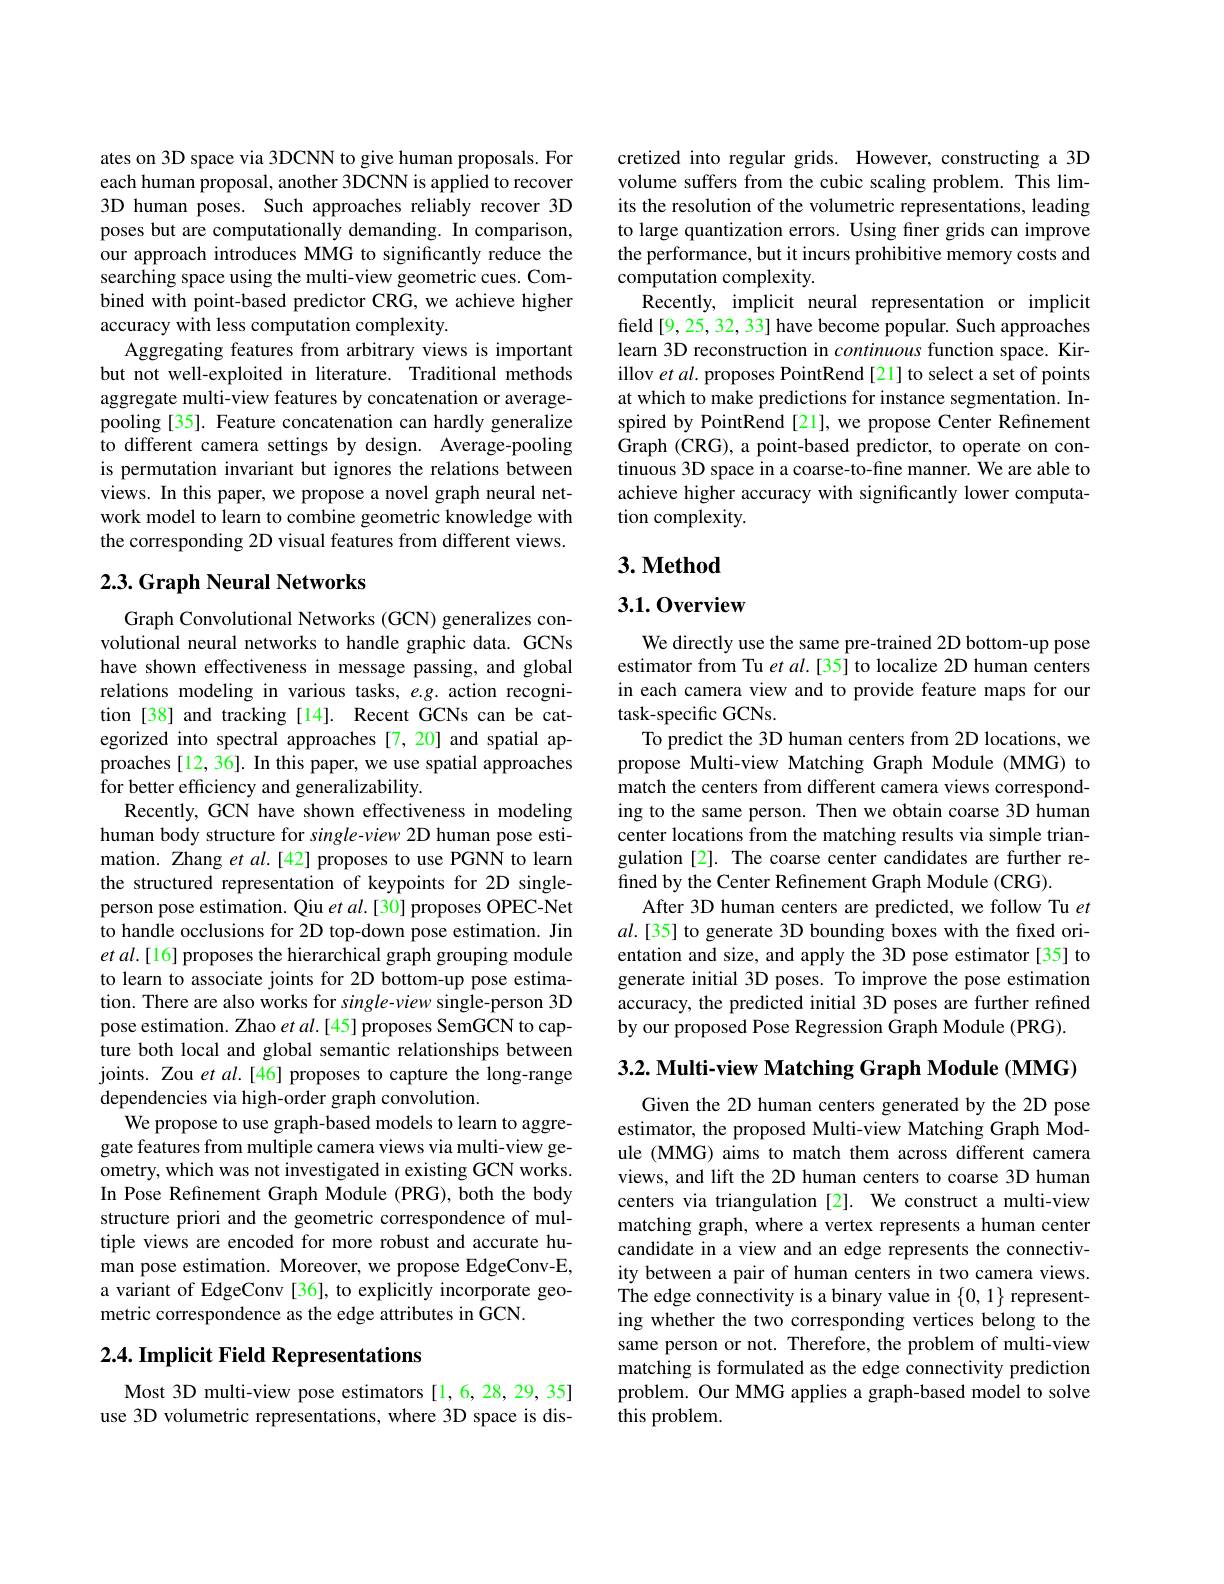
ates on 3D space via 3DCNN to give human proposals. For each human proposal, another 3DCNN is applied to recover 3D human poses. Such approaches reliably recover 3D poses but are computationally demanding. In comparison, our approach introduces MMG to significantly reduce the searching space using the multi-view geometric cues. Combined with point-based predictor CRG, we achieve higher accuracy with less computation complexity.
Aggregating features from arbitrary views is important but not well-exploited in literature. Traditional methods aggregate multi-view features by concatenation or averagepooling [35]. Feature concatenation can hardly generalize to different camera settings by design. Average-pooling is permutation invariant but ignores the relations between views. In this paper, we propose a novel graph neural network model to learn to combine geometric knowledge with the corresponding 2D visual features from different views.

## $2. 3. \textbf{Graph Neural Networks}$

Graph Convolutional Networks (GCN) generalizes convolutional neural networks to handle graphic data. GCNs have shown effectiveness in message passing, and global relations modeling in various tasks, e.g. action recognition [38] and tracking [14]. Recent GCNs can be categorized into spectral approaches [7,20] and spatial approaches [12, 36]. In this paper, we use spatial approaches for better efficiency and generalizability.
Recently, GCN have shown effectiveness in modeling human body structure for single-view 2D human pose estimation. Zhang et al.[42] proposes to use PGNN to learn the structured representation of keypoints for 2D singleperson pose estimation. Qiu $etal.[30]$ proposes OPEC-Net to handle occlusions for 2D top-down pose estimation. Jin et al.[16] proposes the hierarchical graph grouping module to learn to associate joints for 2D bottom-up pose estimation. There are also works for single-view single-person 3D pose estimation. Zhao $etal.[45]$ proposes SemGCN to capture both local and global semantic relationships between joints. Zou et al.[46] proposes to capture the long-range dependencies via high-order graph convolution.
We propose to use graph-based models to learn to aggregate features from multiple camera views via multi-view geometry, which was not investigated in existing GCN works. In Pose Refinement Graph Module (PRG), both the body structure priori and the geometric correspondence of multiple views are encoded for more robust and accurate human pose estimation. Moreover, we propose EdgeConv-E, a variant of EdgeConv [36], to explicitly incorporate geometric correspondence as the edge attributes in GCN.

# 2.4. Implicit Field Representations

Most 3D multi-view pose estimators [1,6,28,29,35] use 3D volumetric representations, where 3D space is dis-

cretized into regular grids. However, constructing a 3D volume suffers from the cubic scaling problem. This limits the resolution of the volumetric representations, leading to large quantization errors. Using finer grids can improve the performance, but it incurs prohibitive memory costs and computation complexity
Recently, implicit neural representation or implicit field [9,25,32, 33] have become popular. Such approaches learn 3D reconstruction in continuous function space. Kirillov et al. proposes PointRend[21] to select a set of points at which to make predictions for instance segmentation. Inspired by PointRend [21], we propose Center Refinement Graph (CRG), a point-based predictor, to operate on continuous 3D space in a coarse-to-fine manner. We are able to achieve higher accuracy with significantly lower computation complexity.

### $3. \textbf{Method}$

### 3.1.0verview

We directly use the same pre-trained 2D bottom-up pose estimator from Tu et al.[35] to localize 2D human centers in each camera view and to provide feature maps for our task-specific GCNs.
To predict the 3D human centers from 2D locations, we propose Multi-view Matching Graph Module (MMG) to match the centers from different camera views corresponding to the same person. Then we obtain coarse 3D human center locations from the matching results via simple triangulation [2]. The coarse center candidates are further refined by the Center Refinement Graph Module (CRG).
After 3D human centers are predicted, we follow Tu $et$ $al.[35]$ to generate 3D bounding boxes with the fixed orientation and size, and apply the 3D pose estimator [35] to generate initial 3D poses. To improve the pose estimation accuracy, the predicted initial 3D poses are further refined by our proposed Pose Regression $\hat{\text{Graph Module (PRG).}}$

$3. 2. \textbf{ Multi- view Matching Graph Module ( MMG) }$

Given the 2D human centers generated by the 2D pose estimator, the proposed Multi-view Matching Graph Module (MMG) aims to match them across different camera views, and lift the 2D human centers to coarse 3D human centers via triangulation [2]. We construct a multi-view matching graph, where a vertex represents a human center candidate in a view and an edge represents the connectivity between a pair of human centers in two camera views. The edge connectivity is a binary value in $\{0,1\}$ representing whether the two corresponding vertices belong to the same person or not. Therefore, the problem of multi-view matching is formulated as the edge connectivity prediction problem. Our MMG applies a graph-based model to solve this problem.